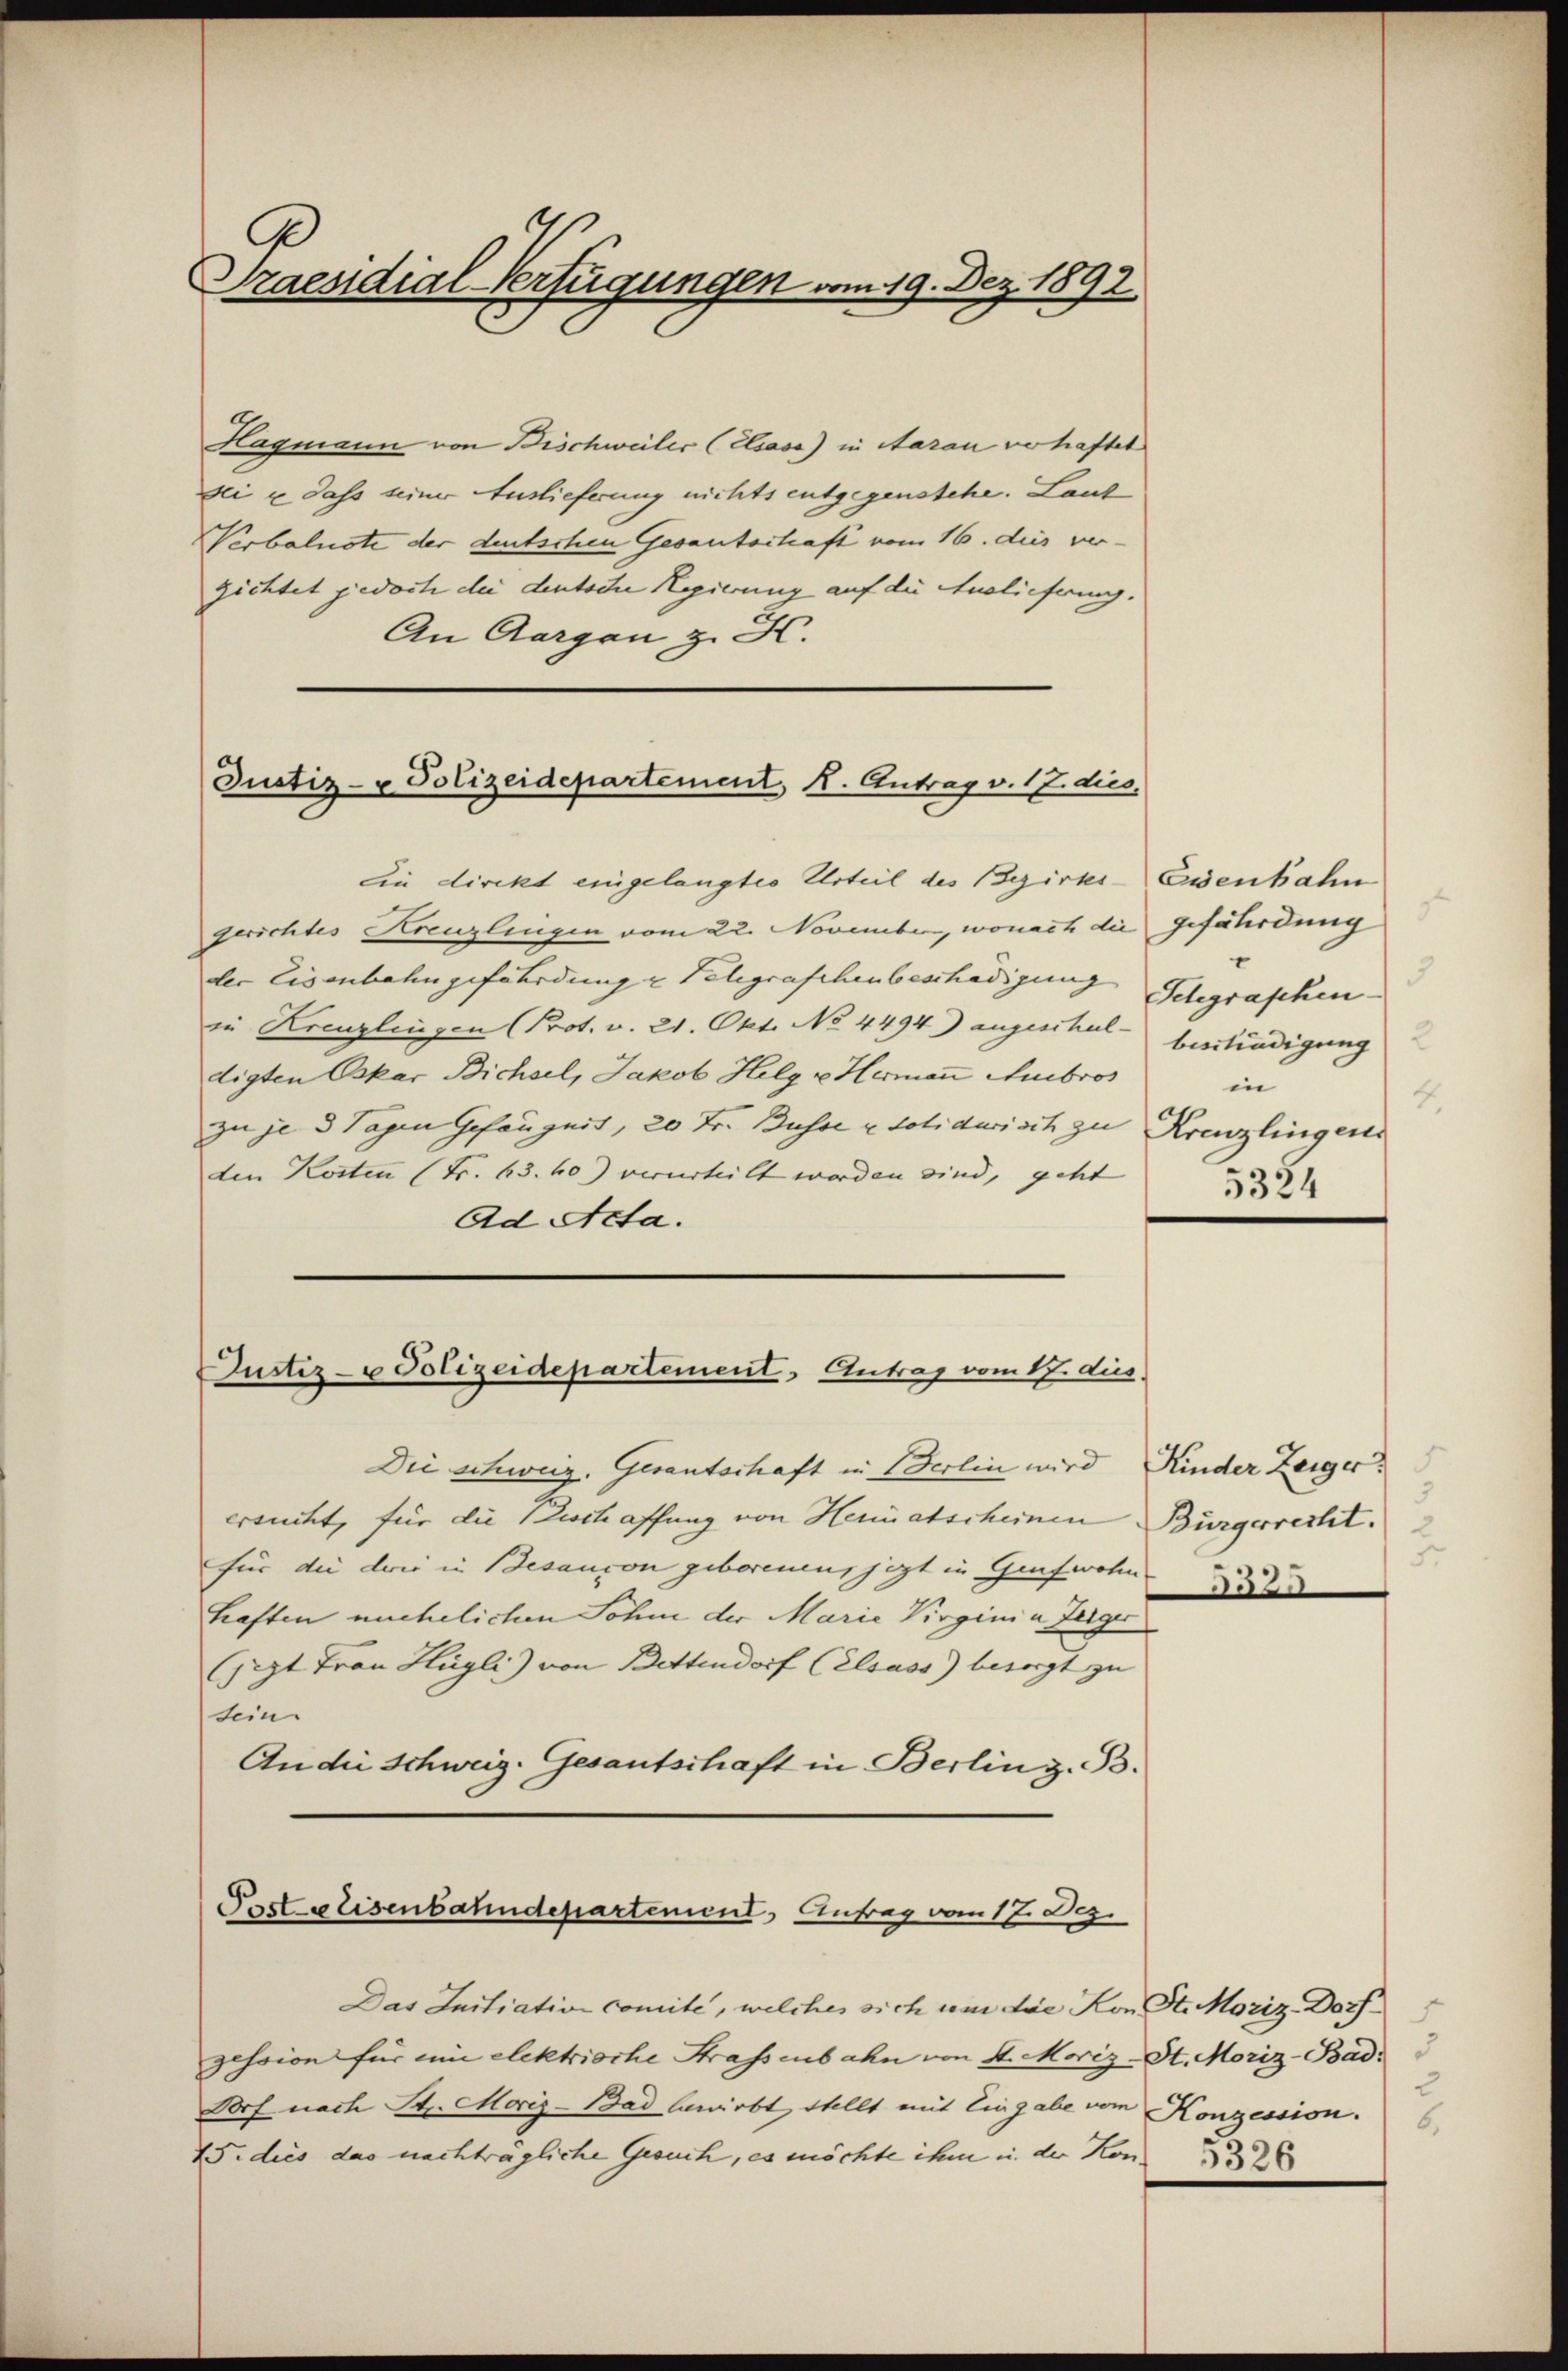
Praesidial-Verfügungen vom 19. Dez. 1892

Hagmann von Bischweiler (Elsase) in Aarau verhaftet
sei u dass seiner Auslieferung nichts entgegenstehe. Lanz
Verbalnote der deutschen Gesantschaft vom 16. dies vergichtet jedoch der deutsche Regierung auf die Auslieferung.
An Aargau z. H.

Justiz- u Polizeidepartement, K. Antrag v. 17. dies

In direkt eingelangtes Urteil des Bezirks-Eisenbahn
gerichtes Kreuzlingen vom 22. November, wonach die Gefährdung
dler Eisenbahngefährdung u Telegraphenbeschädigung
in Krenzlingen (Prot. v. 21. Okt. No 4494) angeschul- besstradigung
digten Oskar Bichsel, Jakob Helg v. Hermann Ambros
zu je 3 Tagen Gefängnis, 20 Fr. Busse u. Solidarisch zu Kreuzlingens
den Kosten (Fr. 63. 60) verurteilt worden sind, geht
Ad Acta.
Die schweiz. Gesantschaft in Berlin wird Kinder Zeiger
ersucht, für die Beschaffung von Heimatscheinen Bürgerrecht.
für die drei in Besaucon geborenen, jezt in Grafwohn
haften unehelichen Sohne der Marie Virgini u. Zeigin
sept Frau Hügli) von Bettendorf (Elsass) besorgt zu
sein.
An die Schweiz. Gesantschaft in Berlin z. B.

Justiz- u Polizeidepartement. Antrag vom 17. dies

Post peisenbahndepartement, Antrag vom 17. Dez.

Das Initiation comite, welches sich um die Kon St. Moriz Dorf
zession für ein elektrische Strassenbahn von 4. Moriz-St. Moriz-Badi
Dorf nach St. Moriz-Bad bewirbt, stellt mit Eingabe vom Konzession. 6
15. dies das nachträgliche Gesuch, es möchte ihm in der Hon 32

3
Telegraphen
2
in
4.
5324

5.
232.

2